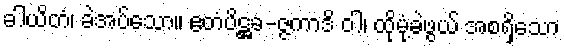
ခါယိတံ၊ ခဲအပ်သော။ ဧတံပိဋ္ဌခ-ဇ္ဇကာဒိ ဝါ၊ ထိုမုံ့ခဲဖွယ် အစရှိသော